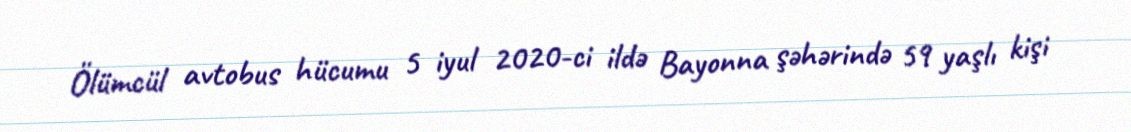
Ölümcül avtobus hücumu 5 iyul 2020-ci ildə Bayonna şəhərində 59 yaşlı kişi